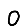
Digit: 0